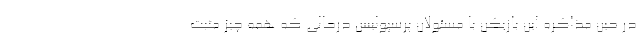
در حین مذاکره این بازیکن با مسئولان پرسپولیس درحالی که همه چیز مثبت